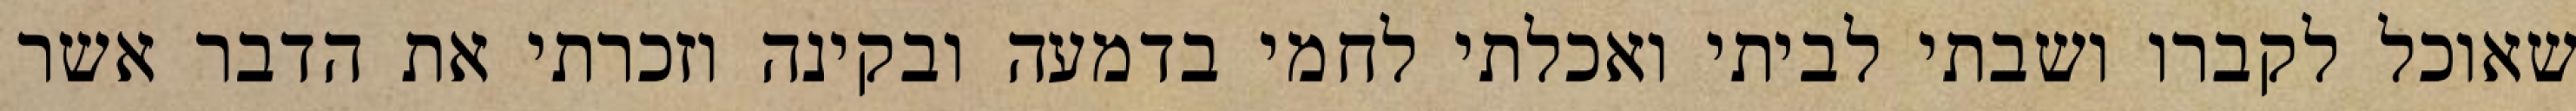
שאוכל לקברו ושבתי לביתי ואכלתי לחמי בדמעה ובקינה וזכרתי את הדבר אשר